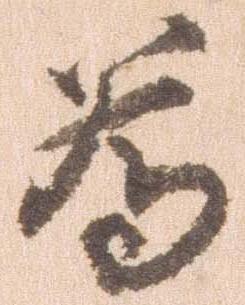
為